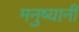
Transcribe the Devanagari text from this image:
मनुष्यानी